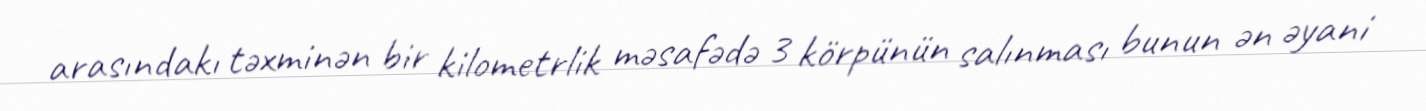
arasındakı təxminən bir kilometrlik məsafədə 3 körpünün salınması bunun ən əyani